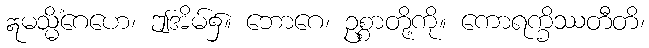
ဣမသ္မိံဂေဟေ၊ ဤအိမ်၌။ ဘောဂေ၊ ဥစ္စာတို့ကို။ ကောရက္ခိဿတီတိ၊